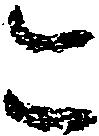
こ